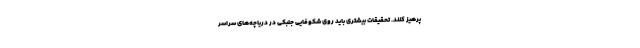
پرهیز کنند. تحقیقات بیشتری باید روی شکوفایی جلبکی در دریاچه‌های سراسر